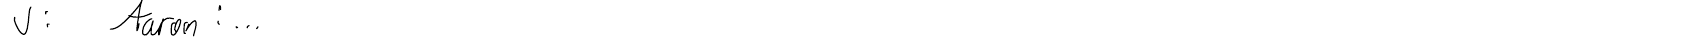
J: Aaron:...